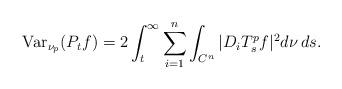
LaTeX: \begin{align*} \mathrm{Var}_{\nu_p}(P_t f) = 2 \int_t^{\infty} \sum_{i=1}^n \int_{C^n} |D_i T_s^p f|^2 d\nu \, ds. \end{align*}